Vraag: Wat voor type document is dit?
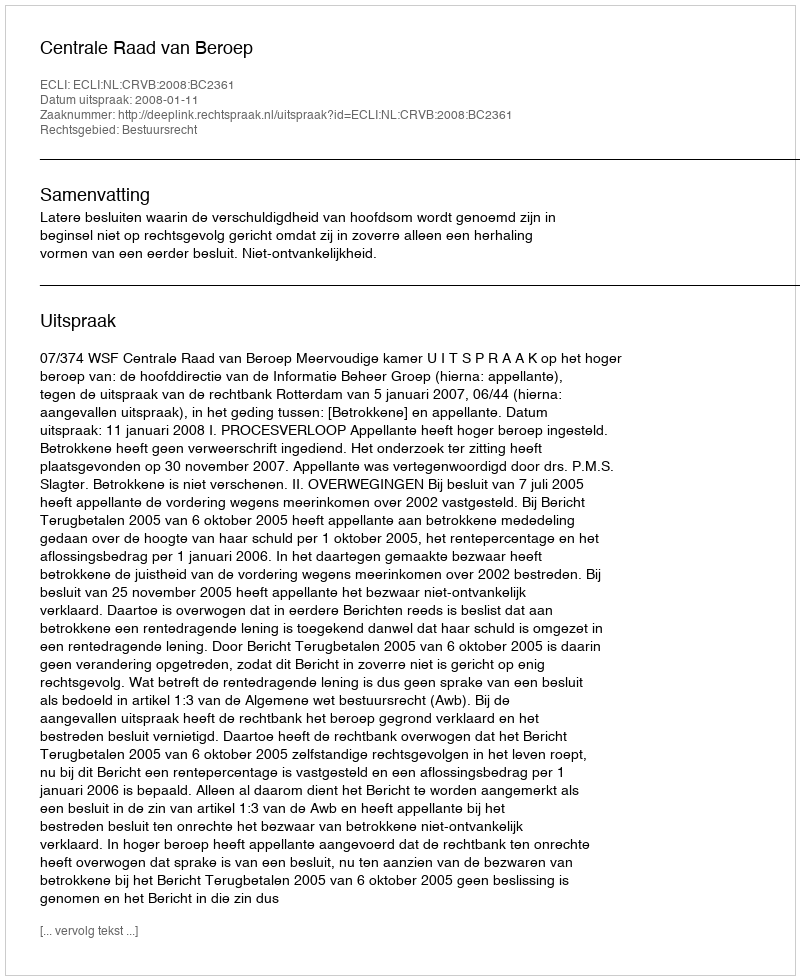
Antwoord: Uitspraak